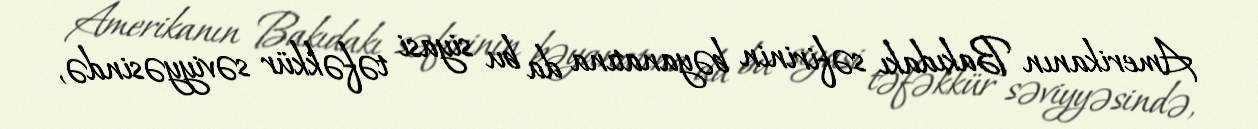
Amerikanın Bakıdakı səfirinin bəyanatına da bu siyasi təfəkkür səviyyəsində,